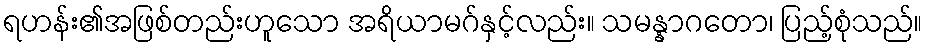
ရဟန်း၏အဖြစ်တည်းဟူသော အရိယာမဂ်နှင့်လည်း။ သမန္နာဂတော၊ ပြည့်စုံသည်။